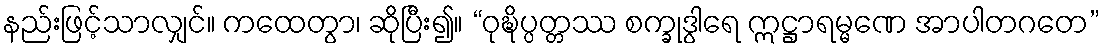
နည်းဖြင့်သာလျှင်။ ကထေတွာ၊ ဆိုပြီး၍။ “ဝုဍ္ဎိပ္ပတ္တဿ စက္ခုဒွါရေ ဣဋ္ဌာရမ္မဏေ အာပါတဂတေ”